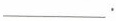
___.